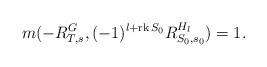
LaTeX: \begin{align*}m(-R^G_{T, s}, (-1)^{l+{\rm rk}\, S_0}R^{H_l}_{S_0, s_0})= 1.\end{align*}